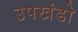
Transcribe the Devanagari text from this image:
उपखंडो